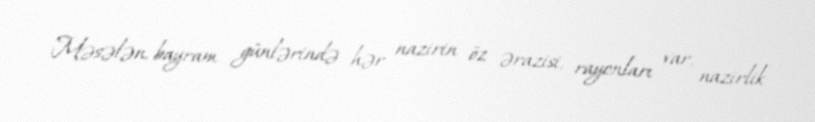
Məsələn, bayram günlərində hər nazirin öz ərazisi, rayonları var, nazirlik